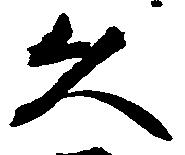
久